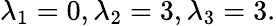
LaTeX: \lambda_{1}=0,\lambda_{2}=3,\lambda_{3}=3.